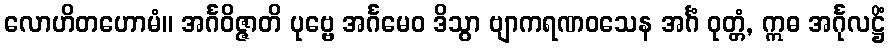
လောဟိတဟောမံ။ အင်္ဂဝိဇ္ဇာတိ ပုဗ္ဗေ အင်္ဂမေဝ ဒိသွာ ဗျာကရဏဝသေန အင်္ဂံ ဝုတ္တံ, ဣဓ အင်္ဂုလဋ္ဌိံ